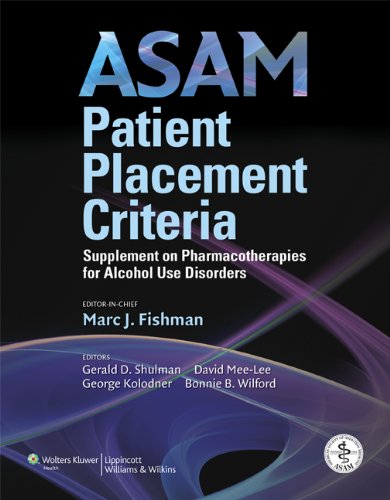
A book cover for ASAM Patient Placement Criteria: Supplement on Pharmacotherapies for Alcohol Use Disorders; Medical Books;